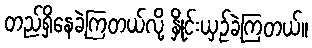
တည်ရှိနေခဲ့ကြတယ်လို့ နှိုင်းယှဥ်ခဲ့ကြတယ်။